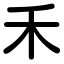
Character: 禾